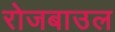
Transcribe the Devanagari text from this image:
रोजबाउल